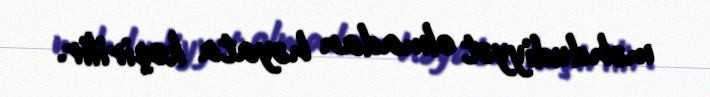
məhdudiyyət olmadan həyata keçirilir.